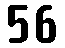
56